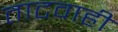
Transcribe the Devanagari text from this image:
ताटवाही